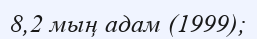
8,2 мың адам (1999);